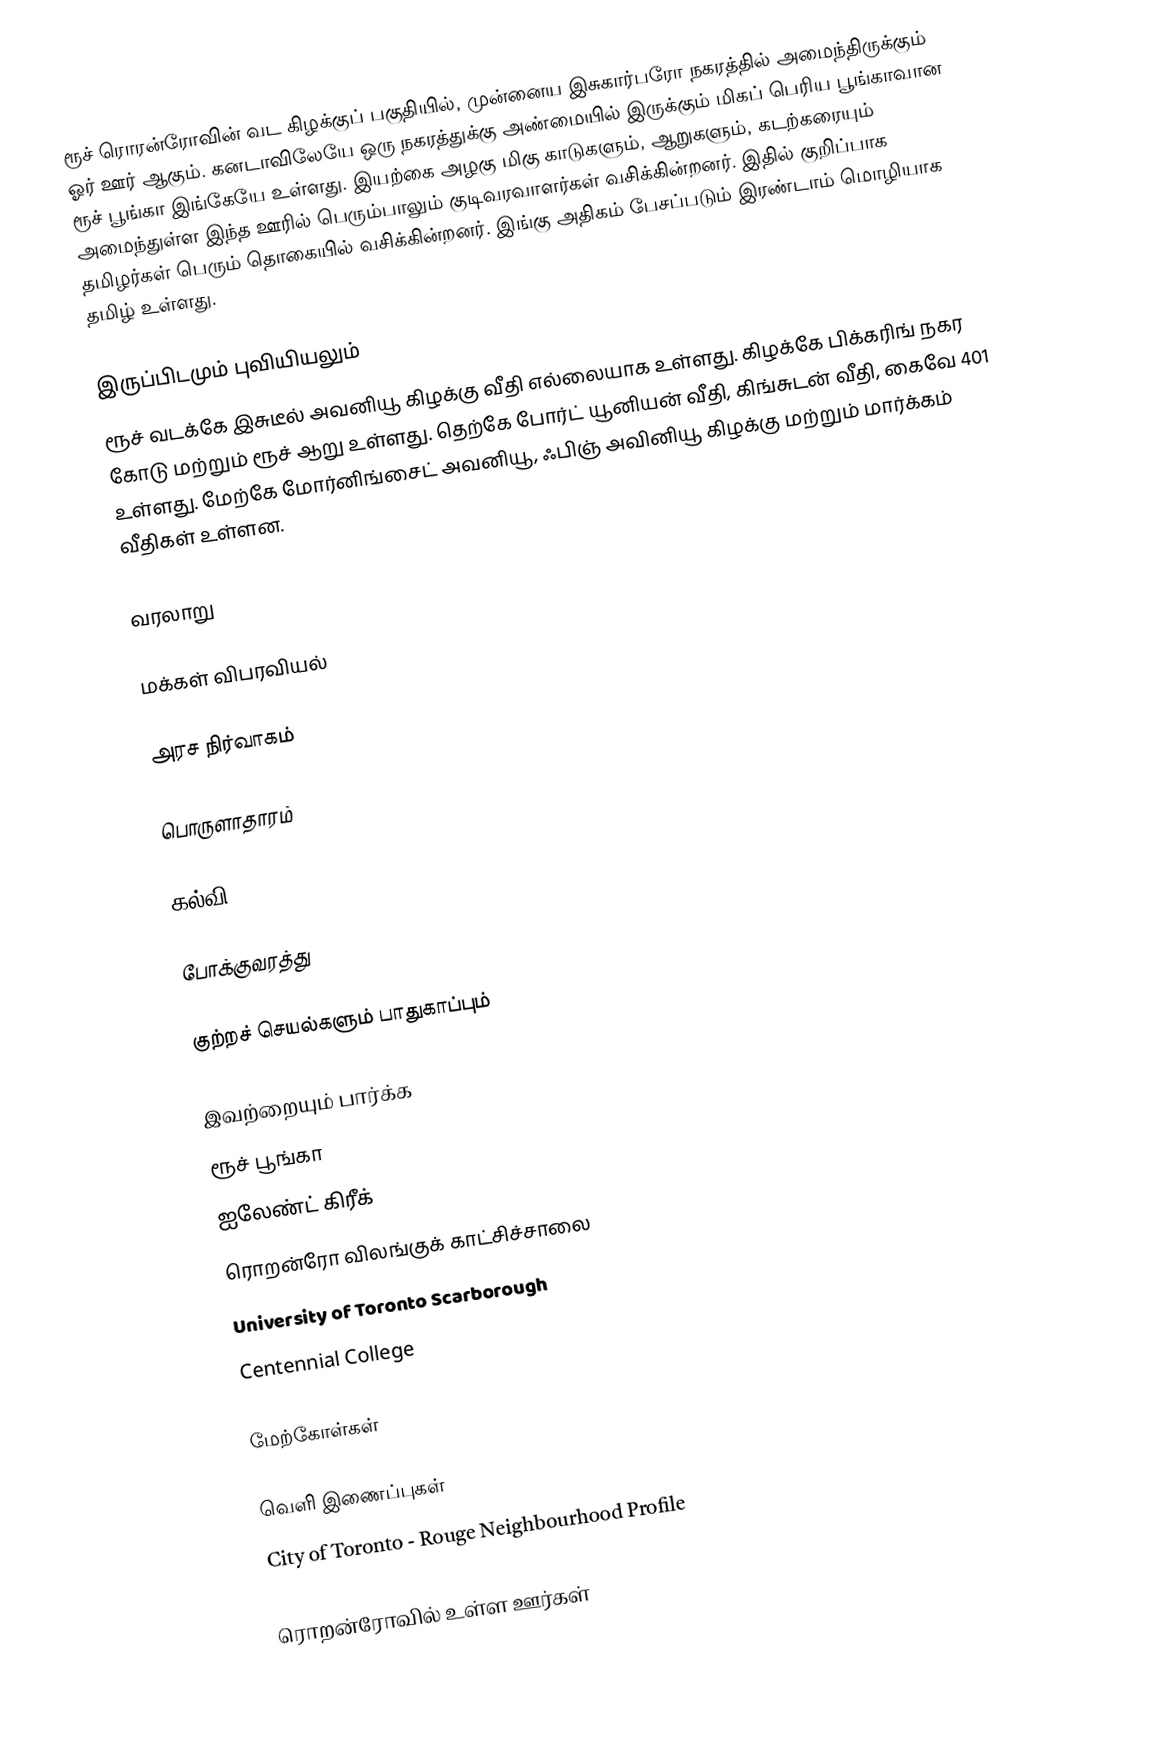
ரூச் ரொரன்ரோவின் வட கிழக்குப் பகுதியில், முன்னைய இசுகார்பரோ நகரத்தில் அமைந்திருக்கும் ஓர் ஊர் ஆகும்.  கனடாவிலேயே ஒரு நகரத்துக்கு அண்மையில் இருக்கும் மிகப் பெரிய பூங்காவான ரூச் பூங்கா இங்கேயே உள்ளது.  இயற்கை அழகு மிகு காடுகளும், ஆறுகளும், கடற்கரையும் அமைந்துள்ள இந்த ஊரில் பெரும்பாலும் குடிவரவாளர்கள் வசிக்கின்றனர்.  இதில் குறிப்பாக தமிழர்கள் பெரும் தொகையில் வசிக்கின்றனர்.  இங்கு அதிகம் பேசப்படும் இரண்டாம் மொழியாக தமிழ் உள்ளது.

இருப்பிடமும் புவியியலும்
ரூச் வடக்கே இசுடீல் அவனியூ கிழக்கு வீதி எல்லையாக உள்ளது.  கிழக்கே பிக்கரிங் நகர கோடு மற்றும் ரூச் ஆறு உள்ளது.  தெற்கே போர்ட் யூனியன் வீதி, கிங்சுடன் வீதி, கைவே 401 உள்ளது.  மேற்கே மோர்னிங்சைட் அவனியூ, ஃபிஞ் அவினியூ கிழக்கு மற்றும் மார்க்கம் வீதிகள் உள்ளன.

வரலாறு

மக்கள் விபரவியல்

அரச நிர்வாகம்

பொருளாதாரம்

கல்வி

போக்குவரத்து

குற்றச் செயல்களும் பாதுகாப்பும்

இவற்றையும் பார்க்க
 ரூச் பூங்கா
 ஐலேண்ட் கிரீக்
 ரொறன்ரோ விலங்குக் காட்சிச்சாலை
 University of Toronto Scarborough
 Centennial College

மேற்கோள்கள்

வெளி இணைப்புகள்
City of Toronto - Rouge Neighbourhood Profile

ரொறன்ரோவில் உள்ள ஊர்கள்